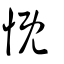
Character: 慨